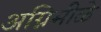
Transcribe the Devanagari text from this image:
अग्निमीळे